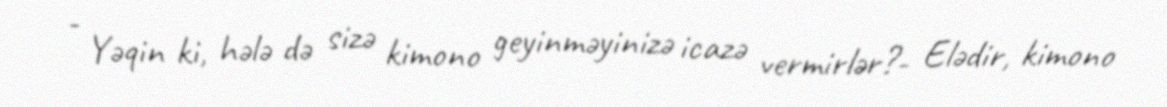
- Yəqin ki, hələ də sizə kimono geyinməyinizə icazə vermirlər?- Elədir, kimono